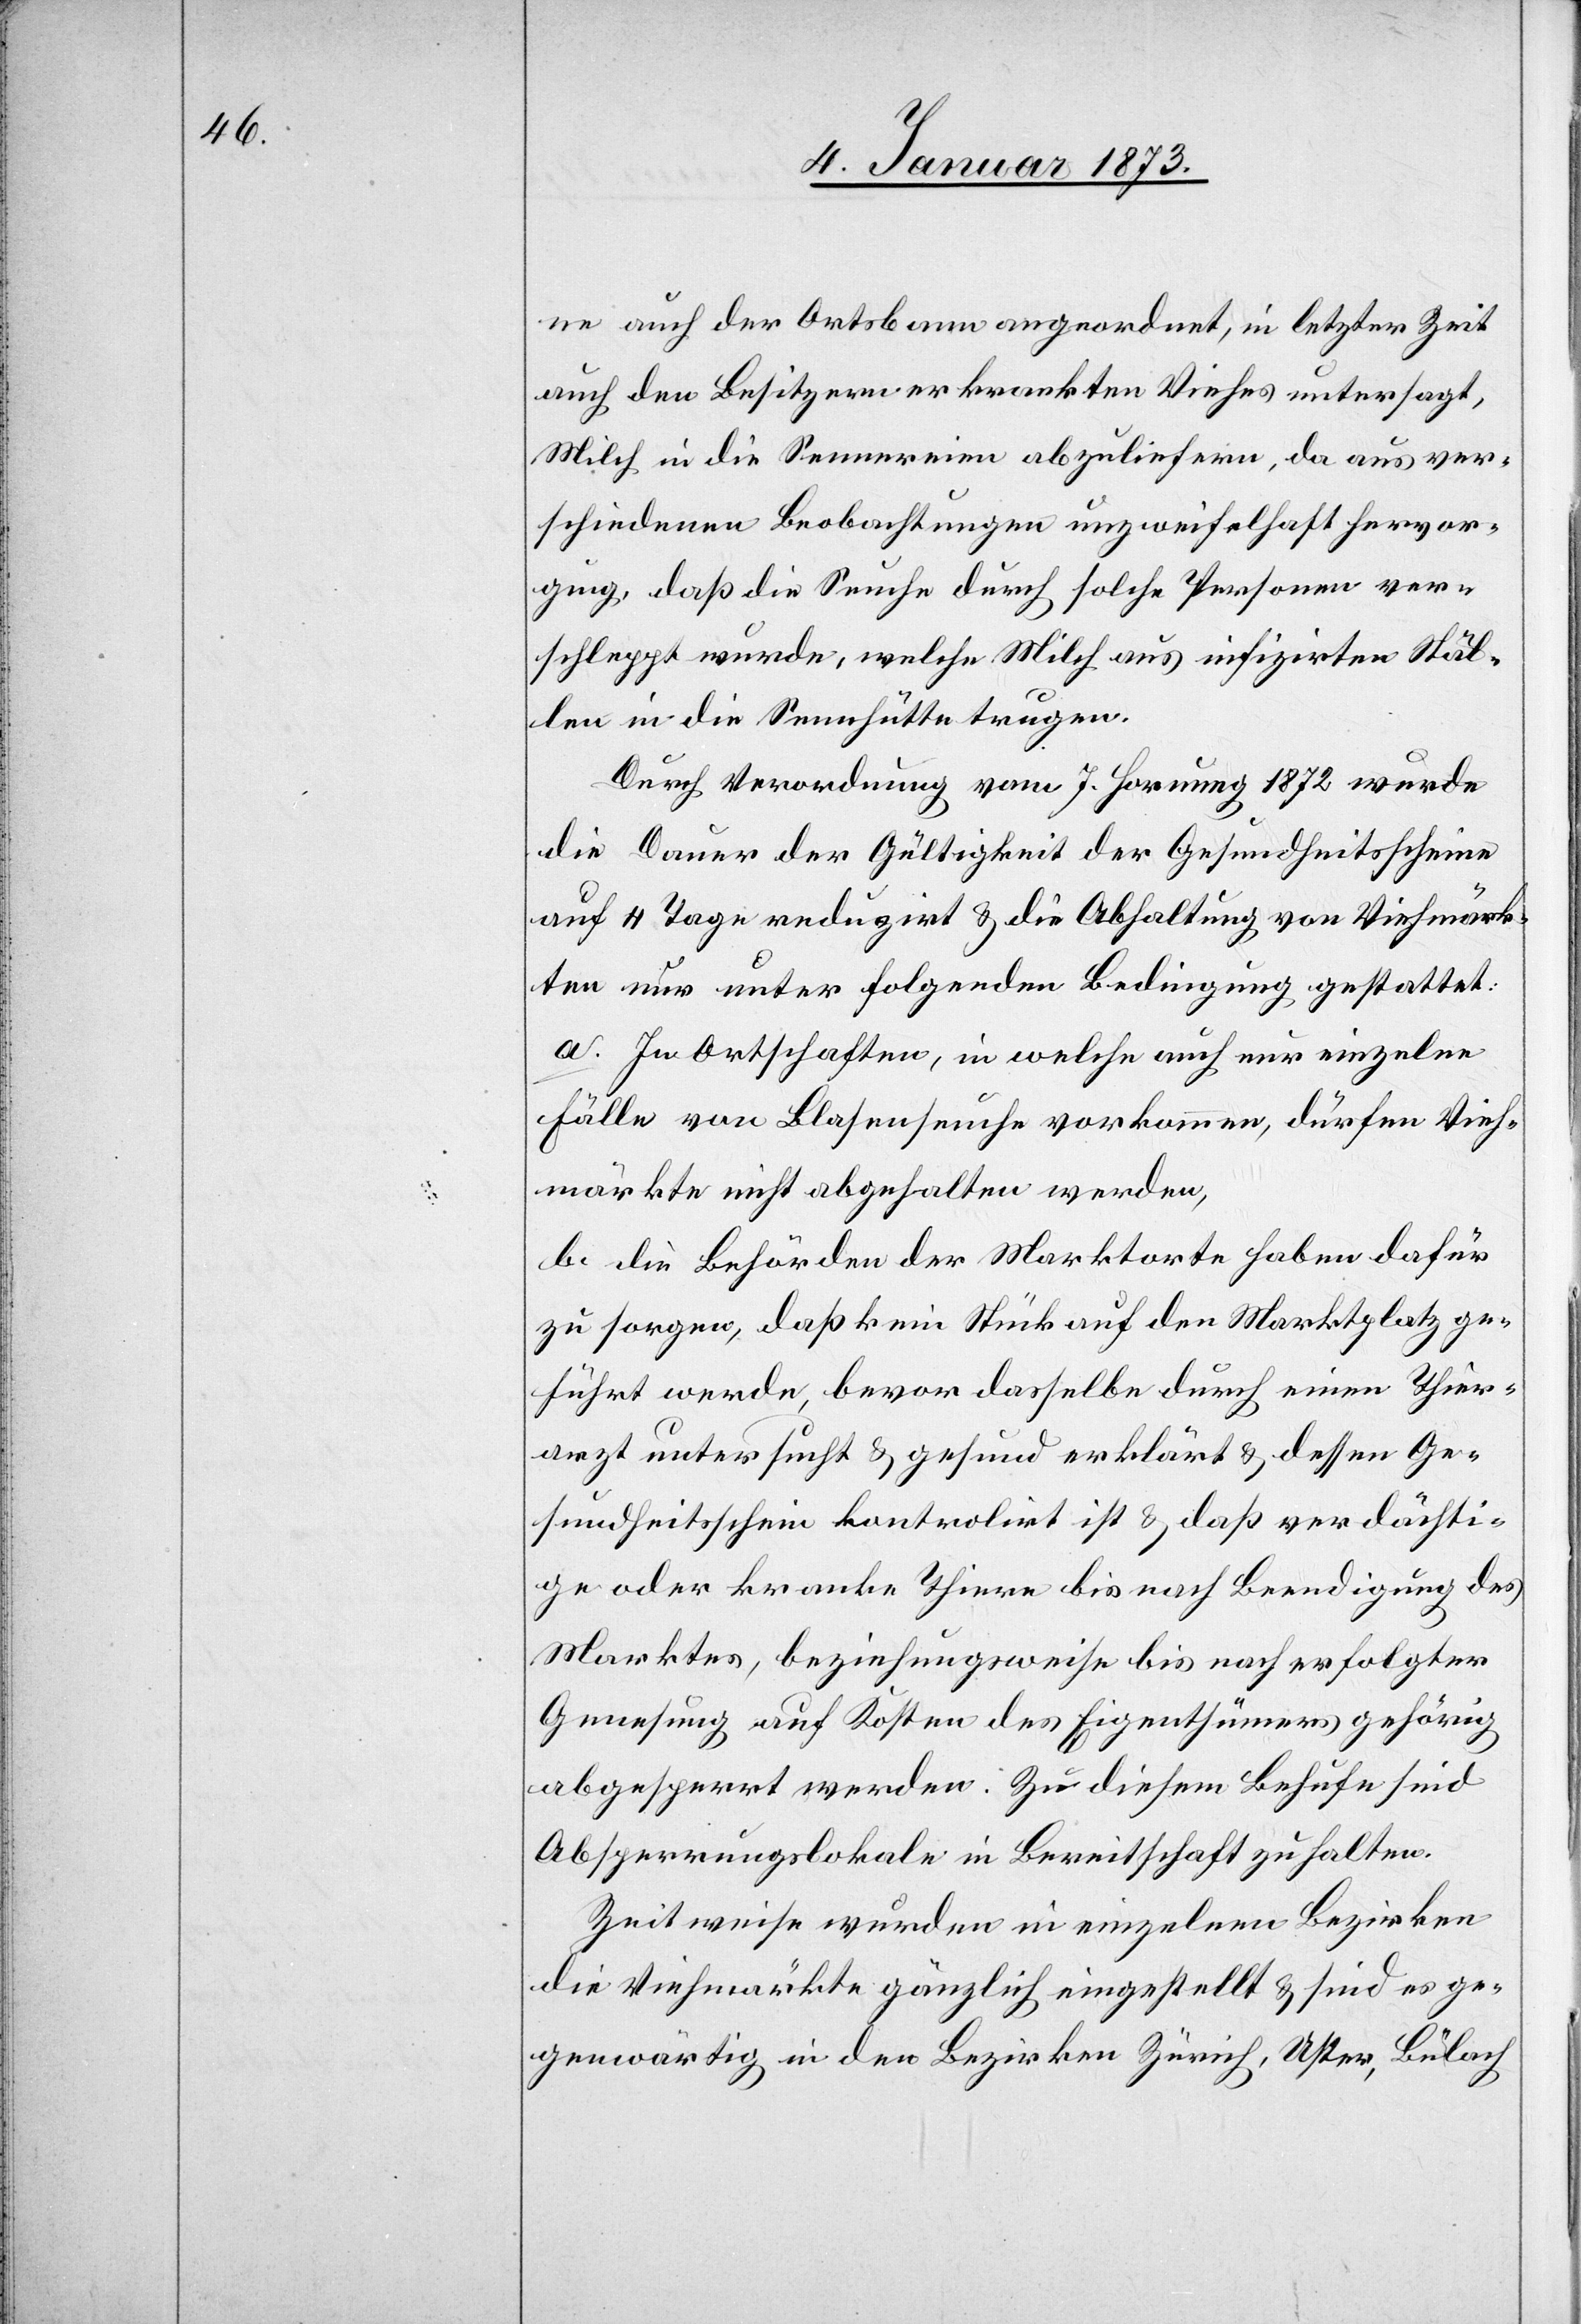
ne auch der Ortsbann angeordnet, in letzter Zeit
auch den Besitzern erkrankten Viehes untersagt,
Milch in die Sennereien abzuliefern, da aus ver¬
schiedenen Beobachtungen unzweifelhaft hervor¬
ging, daß die Seuche durch solche Personen ver¬
schleppt wurde, welche Milch aus infizirten Stäl¬
len in die Sennhütte trugen.
Durch Verordnung vom 7. Hornung 1872 wurde
die Dauer der Gültigkeit der Gesundheitsscheine
auf 4 Tage reduzirt & die Abhaltung von Viehmärk¬
ten nur unter folgenden Bedingung [sic!] gestattet:
a. In Ortschaften, in welche[n] auch nur einzelne
Fälle von Blasenseuche vorkommen, dürfen Vieh¬
märkte nicht abgehalten werden,
b. die Behörden der Marktorte haben dafür
zu sorgen, daß kein Stück auf den Marktplatz ge¬
führt werde, bevor dasselbe durch einen Thier¬
arzt untersucht & gesund erklärt & dessen Ge¬
sundheitsschein kontrolirt ist & daß verdächti¬
ge oder kranke Thiere bis nach Beendigung des
Marktes, beziehungsweise bis nach erfolgter
Genesung auf Kosten des Eigenthümers gehörig
abgesperrt werden: Zu diesem Behufe sind
Absperrungslokale in Bereitschaft zu halten.
Zeitweise wurden in einzelnen Bezirken
die Viehmärkte gänzlich eingestellt & sind es ge¬
genwärtig in den Bezirken Zürich, Uster, Bülach